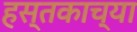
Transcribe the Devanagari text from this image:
हस्तकाच्या